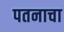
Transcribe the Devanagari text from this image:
पतनाचा